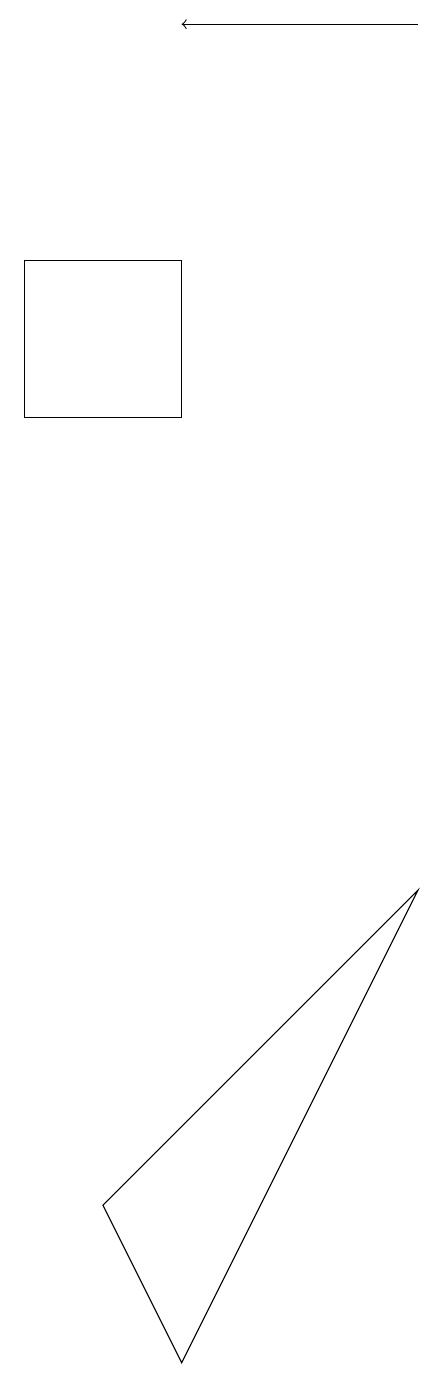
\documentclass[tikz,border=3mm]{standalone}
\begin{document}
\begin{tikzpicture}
\draw[->] (9,18) -- (6,18);
\draw (6,1) -- (9,7) -- (5,3) -- cycle;
\draw (6,13) rectangle (4,15);
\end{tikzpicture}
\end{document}